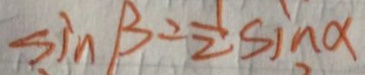
\sin \beta = \frac { 1 } { 2 } \sin \alpha